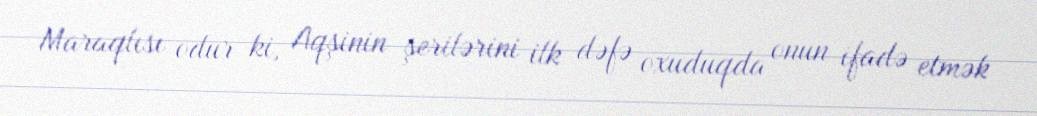
Maraqlısı odur ki, Aqşinin şerilərini ilk dəfə oxuduqda onun ifadə etmək